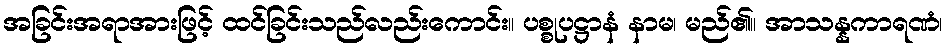
အခြင်းအရာအားဖြင့် ထင်ခြင်းသည်လည်းကောင်း။ ပစ္စုပဋ္ဌာနံ နာမ၊ မည်၏။ အာသန္နကာရဏံ၊